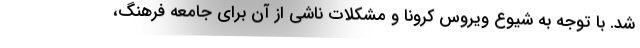
شد. با توجه به شیوع ویروس کرونا و مشکلات ناشی از آن برای جامعه فرهنگ،